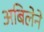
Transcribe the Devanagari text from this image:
अबिलेने